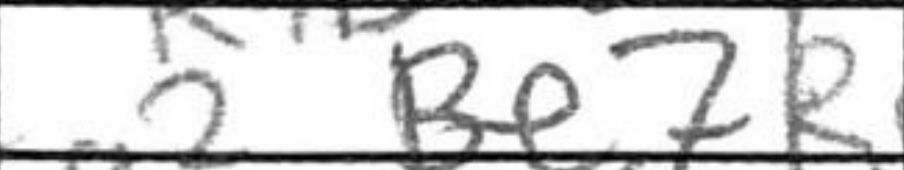
Transcription: Be7